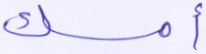
أمسك